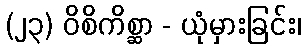
(၂၃) ဝိစိကိစ္ဆာ - ယုံမှားခြင်း၊